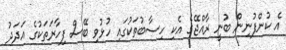
އެ ކުންފުނިން ބުނީ ރާއްޖޭގެ އެކި ހިސާބުތަކުގައި ހުޅުވި ބޭސް ފިހާރަތަކުގެ އަދަދު